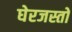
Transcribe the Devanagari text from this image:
घेरजस्तो